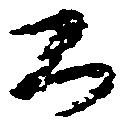
公